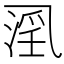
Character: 𱎍